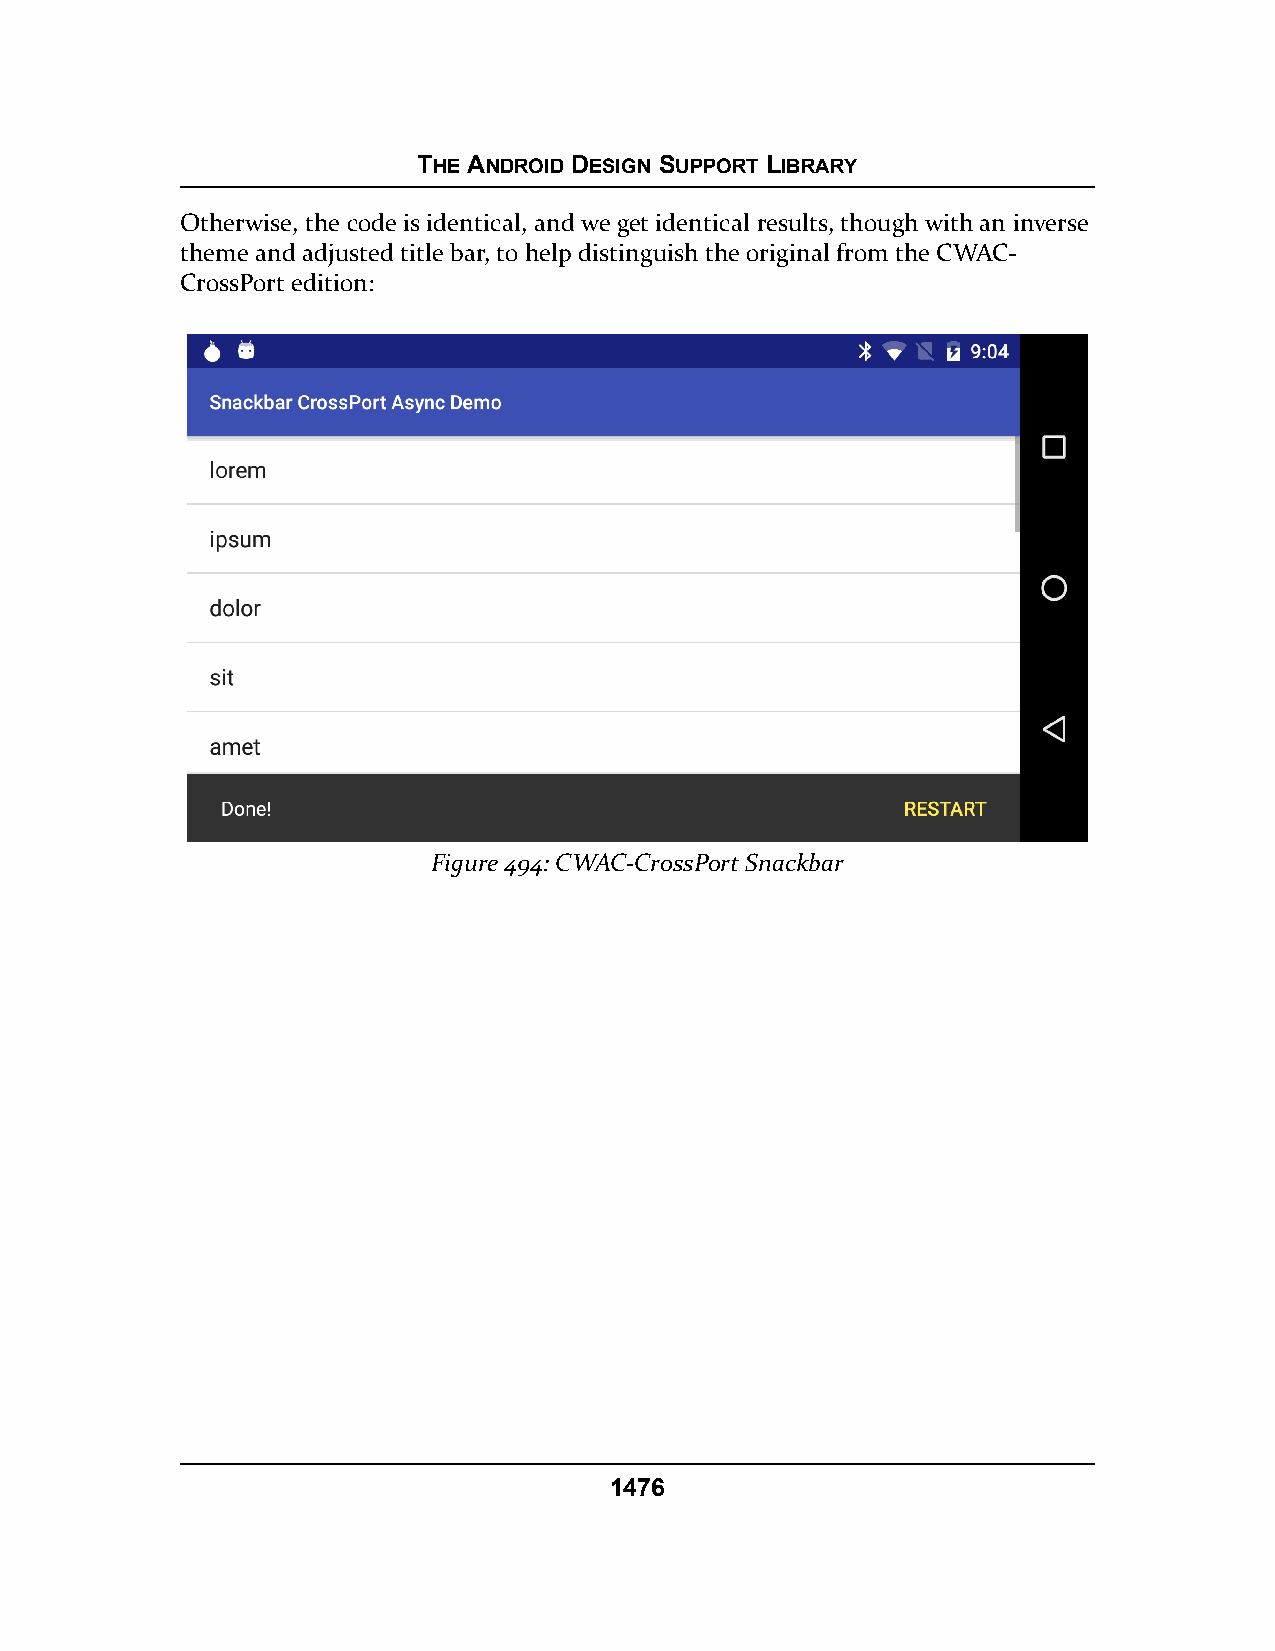
THE ANDROID DESIGN SUPPORT LIBRARY
 Otherwise, the code is identical, and we get identical results, though with an inverse
 theme and adjusted title bar, to help distinguish the original from the CWAC-
 CrossPort edition:
 Figure 494: CWAC-CrossPort Snackbar
 1476